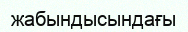
жабындысындағы